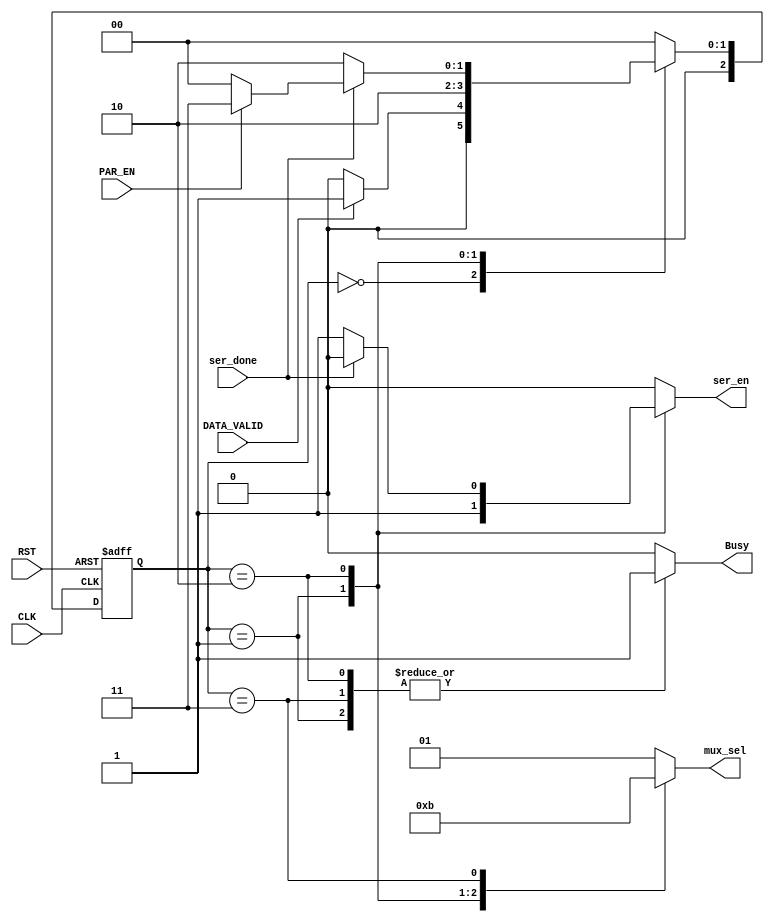
module FSM_TX
(
    input   wire                DATA_VALID                              ,
    input   wire                PAR_EN                                  ,
    input   wire                ser_done                                ,
    input   wire                CLK                                     ,
    input   wire                RST                                     ,

    output  reg                 ser_en                                  ,
    output  reg     [1:0]       mux_sel                                 ,
    output  reg                 Busy
);

/********************************************************************************************/
/********************************************************************************************/

    reg             [2:0]	    current_state							;
    reg             [2:0]	    next_state								;

/********************************************************************************************/
/********************************************************************************************/

    localparam	IDLE   = 2'b00									        ,
                Start  = 2'b01									        ,
                DATA   = 2'b10									        ,
                Parity = 2'b11									        ;

/********************************************************************************************/
/********************************************************************************************/

    always@(posedge CLK or negedge RST)
            begin
            
                if (!RST)
                
                    current_state 	<= 	IDLE							;
                
                else
                
                    current_state 	<= 	next_state 						;
            
            end

/********************************************************************************************/
/********************************************************************************************/

    always@(*)
        begin

            case(current_state)
            
                IDLE:
                    begin

                        if(DATA_VALID)      

                            next_state = Start                          ;

                        else        

                            next_state = IDLE                           ;    

                    end     

/********************************************************************************************/
/********************************************************************************************/

                Start:     
                    begin       

                        next_state = DATA                               ;
                        
                    end

/********************************************************************************************/
/********************************************************************************************/

                DATA:
                    begin

                        if(ser_done)        
                            begin

                                if(PAR_EN)

                                    next_state = Parity                 ;
                                
                                else        
                                
                                    next_state = IDLE                   ;

                            end
                        else        

                            next_state = DATA                           ;    

                    end  

/********************************************************************************************/
/********************************************************************************************/

                Parity:     
                    begin       

                        next_state = IDLE                               ;

                    end  

/********************************************************************************************/
/********************************************************************************************/

                default: next_state = IDLE						        ;

            endcase

        end

/********************************************************************************************/
/********************************************************************************************/

    always@(*)
        begin
            ser_en  = 1'b0                                              ;              
            mux_sel = 2'b01                                             ;             
            Busy    = 1'b0                                              ;

            case(current_state)
            
                IDLE:
                    begin

                        ser_en  = 1'b0                                  ;              
                        mux_sel = 2'b01                                 ;             
                        Busy    = 1'b0                                  ;

                    end     

/********************************************************************************************/
/********************************************************************************************/

                Start:     
                    begin       

                        ser_en  = 1'b1                                  ;              
                        mux_sel = 2'b00                                 ;             
                        Busy    = 1'b1                                  ;                                            

                    end

/********************************************************************************************/
/********************************************************************************************/

                DATA:
                    begin

                        ser_en  = 1'b1                                  ;              
                        mux_sel = 2'b10                                 ;             
                        Busy    = 1'b1                                  ;

                        if(ser_done)        
                            
                            ser_en  = 1'b0                              ; 

                    end  

/********************************************************************************************/
/********************************************************************************************/

                Parity:     
                    begin       

                        ser_en  = 1'b0                                  ;              
                        mux_sel = 2'b11                                 ;             
                        Busy    = 1'b1                                  ;

                    end  

/********************************************************************************************/
/********************************************************************************************/

                default:
                    begin

                        ser_en  = 1'b0                                  ;              
                        mux_sel = 2'b01                                 ;             
                        Busy    = 1'b0                                  ;
                    
                    end 

            endcase

        end
endmodule